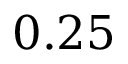
0 . 2 5